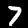
Label: 7